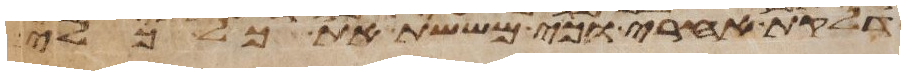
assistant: דלקת אחרי וכי מששת את כל כלי